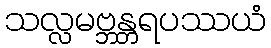
သလ္လမဗ္ဘန္တရပဿယံ